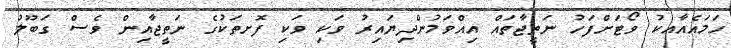
ހަމައެއާއކު ވޯޓަށްފަހު ނަތީޖާތައް އިއްވަމުންދިޔައިރު ވަކި ވަކި ފޮށތަކުގެ ނަތީޖާއިން ވެސް ގަބޫލު